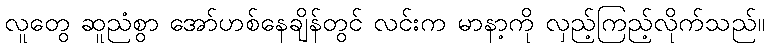
လူတွေ ဆူညံစွာ အော်ဟစ်နေချိန်တွင် လင်းက မာနာ့ကို လှည့်ကြည့်လိုက်သည်။